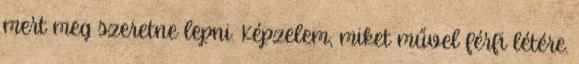
mert meg szeretne lepni. Képzelem, miket művel férfi létére.